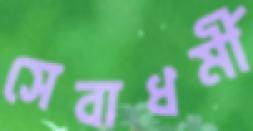
সেবাধর্মী